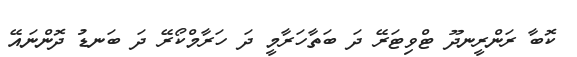
ކޮބާ ރަންރީނދޫ ޓްވިޓަރޭ ދަ ބަތާހަރާމީ ދަ ހަރާމްކޯރޭ ދަ ބަނޑު ދޮންނައޭ